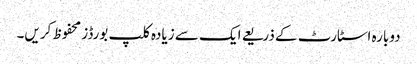
دوبارہ اسٹارٹ کے ذریعے ایک سے زیادہ کلپ بورڈز محفوظ کریں۔